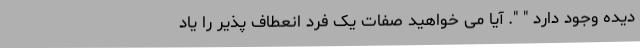
دیده وجود دارد " ". آیا می خواهید صفات یک فرد انعطاف پذیر را یاد